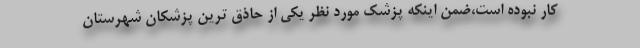
کار نبوده است،ضمن اینکه پزشک مورد نظر یکی از حاذق ترین پزشکان شهرستان